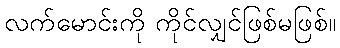
လက်မောင်းကို ကိုင်လျှင်ဖြစ်မဖြစ်။